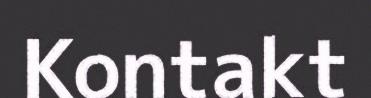
Kontakt